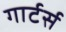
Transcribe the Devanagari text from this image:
गार्टर्स